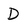
Character: D